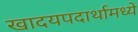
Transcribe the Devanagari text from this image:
खादयपदार्थामध्ये